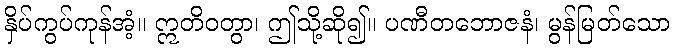
နှိပ်ကွပ်ကုန်အံ့။ ဣတိဝတွာ၊ ဤသို့ဆို၍။ ပဏီတဘောဇနံ၊ မွန်မြတ်သော